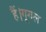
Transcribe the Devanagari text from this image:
हैं।गूगल